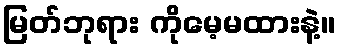
မြတ်ဘုရား ကိုမေ့မထားနဲ့။